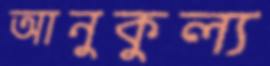
আনুকুল্য